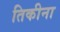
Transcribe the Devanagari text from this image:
तिकीना